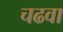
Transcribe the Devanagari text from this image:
चढवा